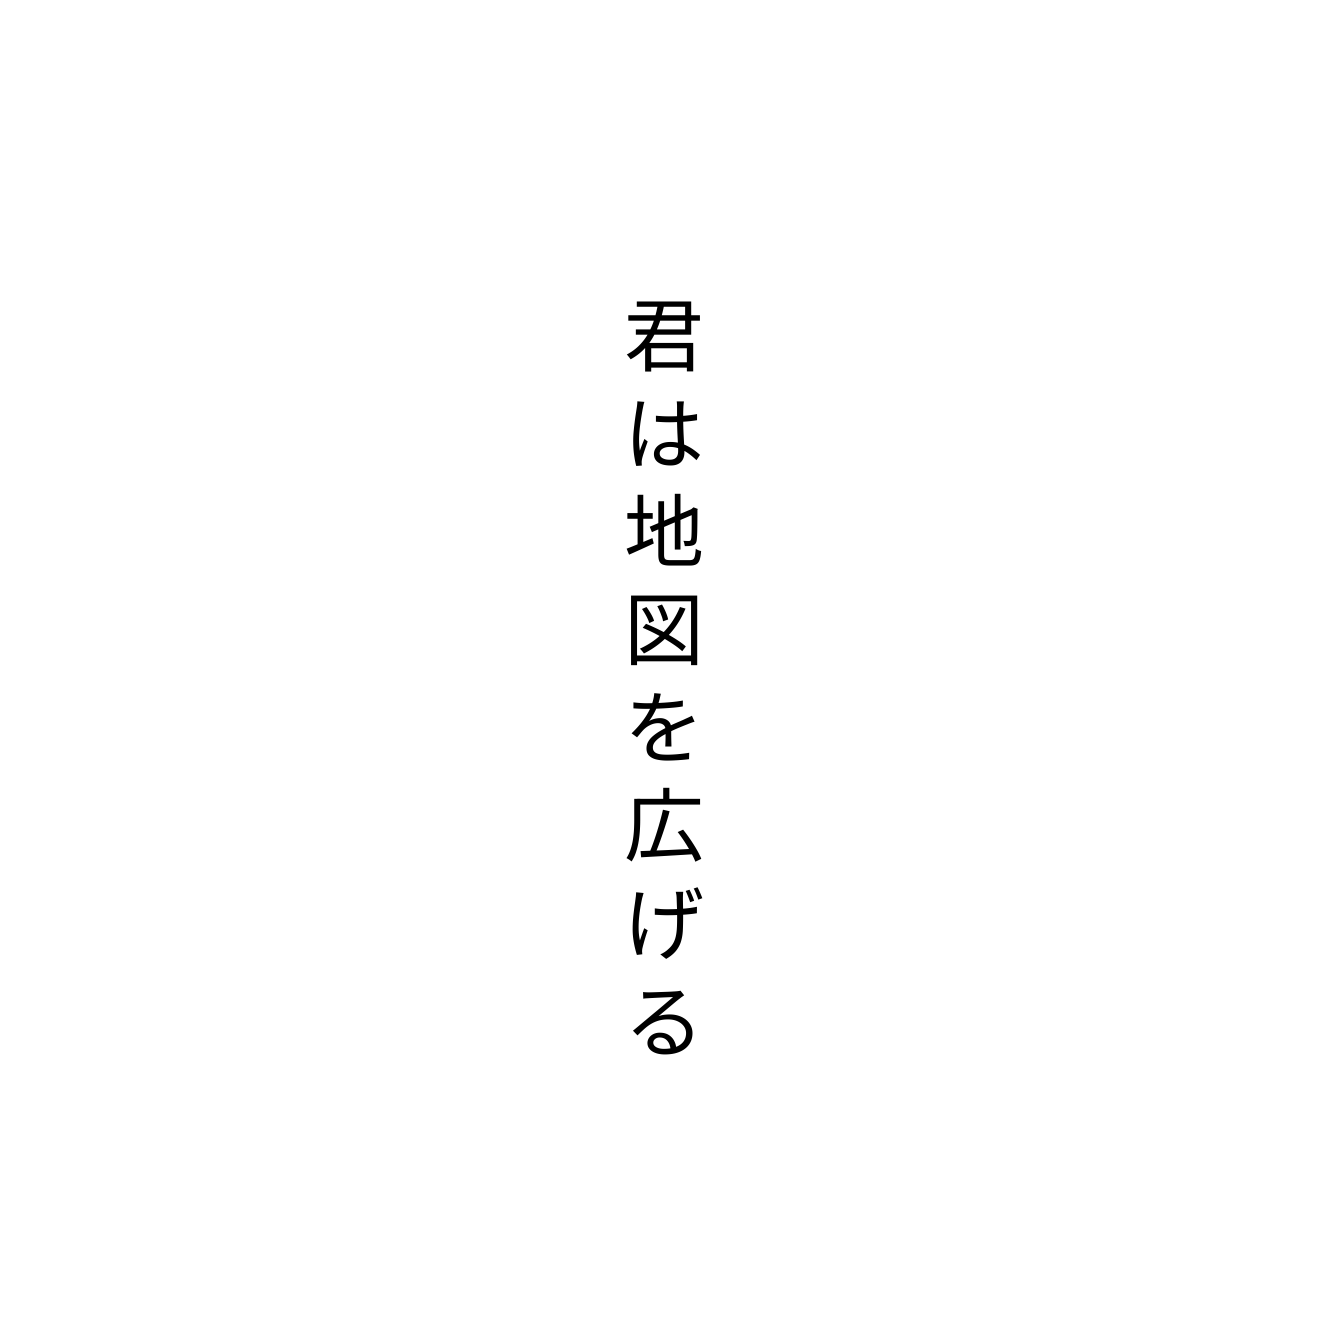
君は地図を広げる